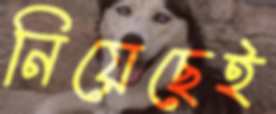
নিয়েছেই